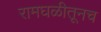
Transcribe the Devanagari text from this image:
रामघळीतूनच